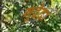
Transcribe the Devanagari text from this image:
गूदेदा